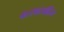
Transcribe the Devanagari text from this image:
वत्सासहित